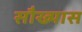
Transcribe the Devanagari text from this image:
सौख्यास